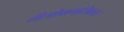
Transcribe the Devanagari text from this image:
नीओक्लासिकल